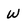
Character: w